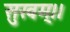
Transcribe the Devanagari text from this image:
सुखम्।।